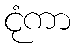
ငုံကာ